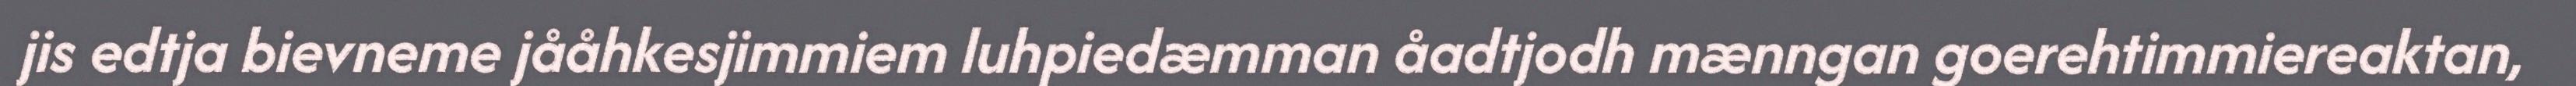
jis edtja bievneme jååhkesjimmiem luhpiedæmman åadtjodh mænngan goerehtimmiereaktan,